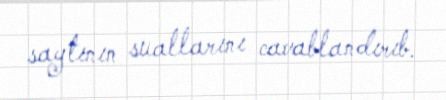
saytının suallarını cavablandırıb.